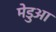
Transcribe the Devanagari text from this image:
मेडुआ